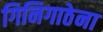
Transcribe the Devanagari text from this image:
गिनिगाठेना